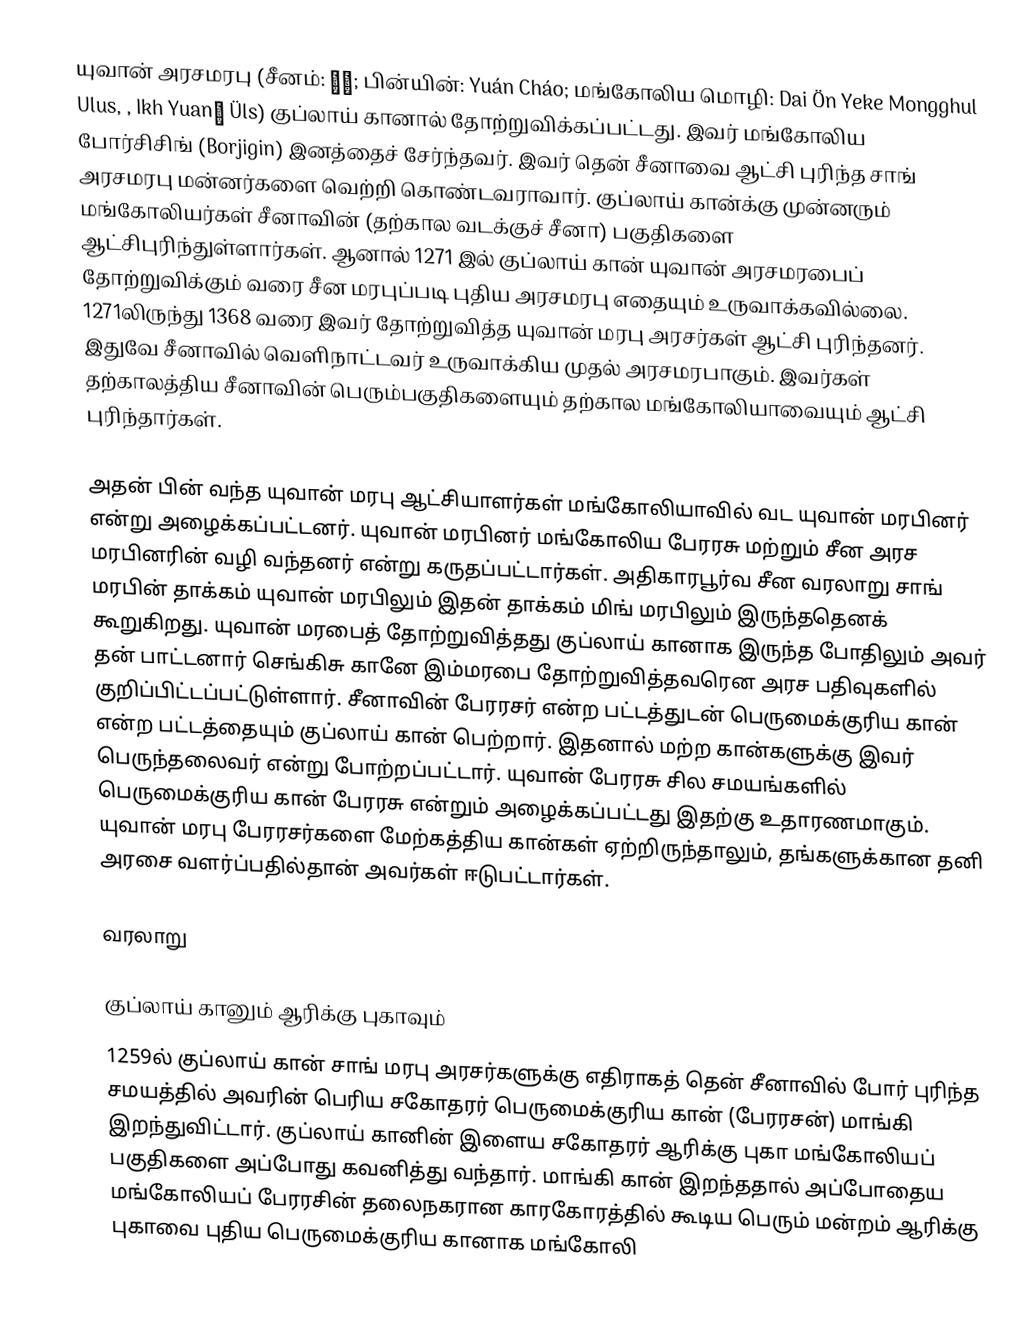
யுவான் அரசமரபு (சீனம்: 元朝; பின்யின்: Yuán Cháo; மங்கோலிய மொழி: Dai Ön Yeke Mongghul Ulus, , Ikh Yuanʹ Üls) குப்லாய் கானால் தோற்றுவிக்கப்பட்டது. இவர் மங்கோலிய போர்சிசிங் (Borjigin) இனத்தைச் சேர்ந்தவர். இவர் தென் சீனாவை ஆட்சி புரிந்த சாங் அரசமரபு மன்னர்களை வெற்றி கொண்டவராவார். குப்லாய் கான்க்கு முன்னரும் மங்கோலியர்கள் சீனாவின் (தற்கால வடக்குச் சீனா) பகுதிகளை ஆட்சிபுரிந்துள்ளார்கள்.  ஆனால் 1271 இல் குப்லாய் கான் யுவான் அரசமரபைப் தோற்றுவிக்கும் வரை சீன மரபுப்படி புதிய அரசமரபு எதையும் உருவாக்கவில்லை. 1271லிருந்து 1368 வரை இவர் தோற்றுவித்த யுவான் மரபு அரசர்கள் ஆட்சி புரிந்தனர். இதுவே சீனாவில் வெளிநாட்டவர் உருவாக்கிய முதல் அரசமரபாகும். இவர்கள் தற்காலத்திய சீனாவின் பெரும்பகுதிகளையும் தற்கால மங்கோலியாவையும் ஆட்சி புரிந்தார்கள்.

அதன் பின் வந்த யுவான் மரபு ஆட்சியாளர்கள் மங்கோலியாவில் வட யுவான் மரபினர் என்று அழைக்கப்பட்டனர்.  யுவான் மரபினர் மங்கோலிய பேரரசு மற்றும் சீன அரச மரபினரின் வழி வந்தனர் என்று கருதப்பட்டார்கள். அதிகாரபூர்வ சீன வரலாறு சாங் மரபின் தாக்கம் யுவான் மரபிலும் இதன் தாக்கம்  மிங் மரபிலும் இருந்ததெனக் கூறுகிறது. யுவான் மரபைத் தோற்றுவித்தது குப்லாய் கானாக இருந்த போதிலும் அவர் தன் பாட்டனார் செங்கிசு கானே இம்மரபை தோற்றுவித்தவரென அரச பதிவுகளில் குறிப்பிட்டப்பட்டுள்ளார். சீனாவின் பேரரசர் என்ற பட்டத்துடன் பெருமைக்குரிய கான் என்ற பட்டத்தையும் குப்லாய் கான் பெற்றார்.  இதனால் மற்ற கான்களுக்கு இவர் பெருந்தலைவர் என்று போற்றப்பட்டார். யுவான் பேரரசு சில சமயங்களில் பெருமைக்குரிய கான் பேரரசு என்றும் அழைக்கப்பட்டது இதற்கு உதாரணமாகும்.  யுவான் மரபு பேரரசர்களை மேற்கத்திய கான்கள் ஏற்றிருந்தாலும், தங்களுக்கான தனி அரசை வளர்ப்பதில்தான் அவர்கள் ஈடுபட்டார்கள்.

வரலாறு

குப்லாய் கானும் ஆரிக்கு புகாவும்
1259ல் குப்லாய் கான் சாங் மரபு அரசர்களுக்கு எதிராகத் தென் சீனாவில் போர் புரிந்த சமயத்தில் அவரின் பெரிய சகோதரர் பெருமைக்குரிய கான்  (பேரரசன்) மாங்கி இறந்துவிட்டார். குப்லாய் கானின் இளைய சகோதரர் ஆரிக்கு புகா மங்கோலியப் பகுதிகளை அப்போது கவனித்து வந்தார். மாங்கி கான் இறந்ததால் அப்போதைய மங்கோலியப் பேரரசின் தலைநகரான காரகோரத்தில் கூடிய பெரும் மன்றம் ஆரிக்கு புகாவை புதிய பெருமைக்குரிய கானாக மங்கோலி